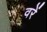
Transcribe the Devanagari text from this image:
वरें